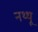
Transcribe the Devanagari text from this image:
नथ्थू